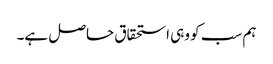
ہم سب کو وہی استحقاق حاصل ہے۔